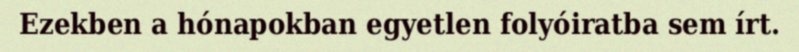
Ezekben a hónapokban egyetlen folyóiratba sem írt.